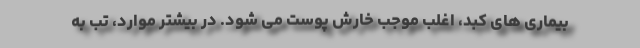
بیماری های کبد، اغلب موجب خارش پوست می شود. در بیشتر موارد، تب به